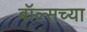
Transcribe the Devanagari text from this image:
बॉल्सच्या